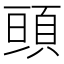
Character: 𩒢